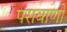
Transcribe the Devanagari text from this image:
परावाणी